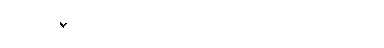
ဒေါ် သီရိ ပြောတဲ့ပုံပြင်ကလေးက ဒါပါပဲ။